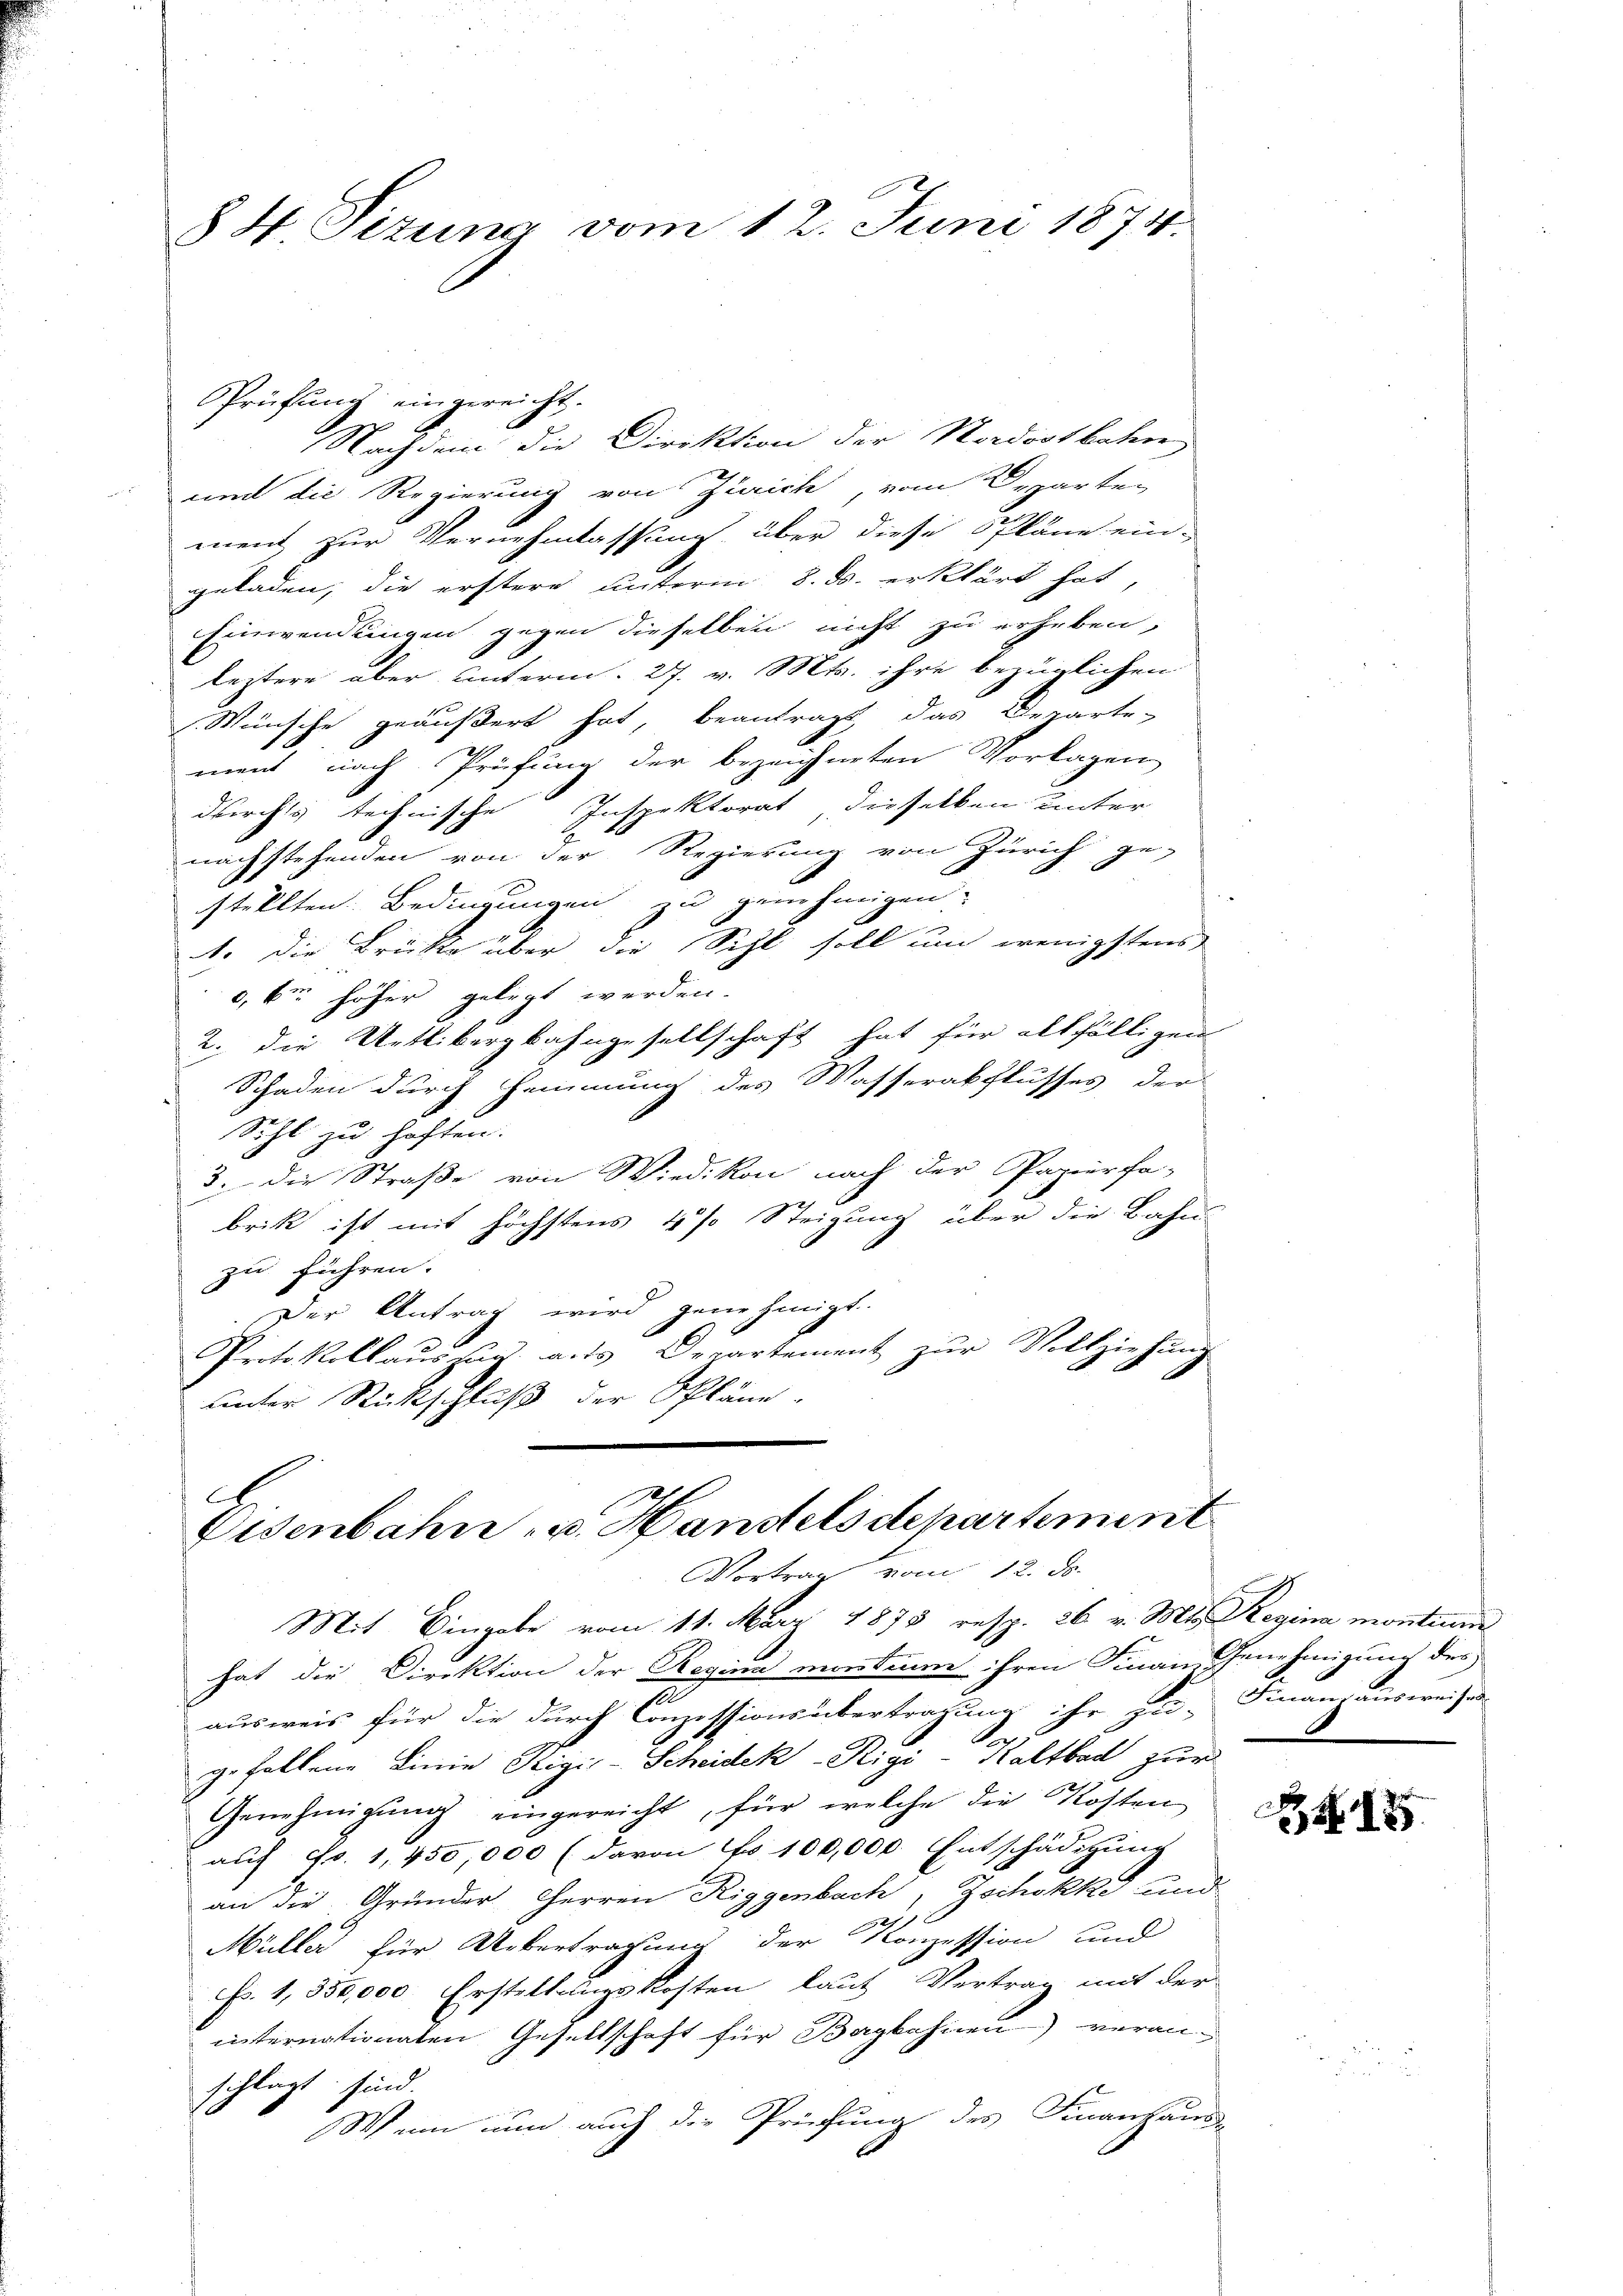
§4 Sizung vom 12. Juni 1874.

Prüfung eingereicht.

Nachdem die Direktion der Nordostbahn
und die Regierung von Zürich, vom Departen
ment zur Vernehmlassung, über diese Pläne ein-
geladen, die erstere unterm 8. ds. erklärt hat,
Einwendungen gegen dieselben nicht zu erheben,
leztere aber unterm 27. v. Mts. ihre bezüglichen
Wünsche geäußert hat, beantragt, das Departe-
ment nach Prüfung der bezeichneten Vorlagen
Inspektorat dieselben unter
durchts technische
nachstehenden von der Regierung von Zürich ge-
stellten Bedingungen zu genehmigen.
1. die Brückte über die Sihl soll um wenigstens
,6m höher gelegt werden.
2. die Uetlibergbahngesellschaft hat für allfälligen
Schaden durch Hemmung des Wasserabflusses der
Sihl zu haften.
3. die Straße von Wiedikon nach der Papierfa-
brik ist mit höchstens 4 % Steigung über die Bahn-
zu führen.
Der Antrag wird genehmigt.
Protokollaŭs uns als Departement zŭr Vollziehŭng
unter Rückschluß der Pläne-
A

Eisenbahn- u. Handelsdepartement
Vortrag vom 12. d.

Mit Eingabe vom 11. März 1878 resp. 36. v. Mts. Regina montine
hat die Direktion der Regina montium ihren Finan- Genehmigung des
u
ausweis für die durch Conzessions übertragung ihr zu Finanzausweis zur
gefallene Linie Rigis-Scheidek-Rigi-Kaltbad zur
Genehmigŭng eingereicht, für welche die Kosten
auf Fr. 1,450,000 (davon No 100,000. Entschädigung
an die Gründer Herren Riggenbach, Zschokke und
Müller für Uebertragung der Konzession und
Fr. 1, 350,000 Erstellungskosten laut Vertrag mit der
internationaten Gesellschaft für Bagkahnen veranschlägt sind.
Wenn nun auch die Prüfung des Finanzaus-

1